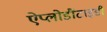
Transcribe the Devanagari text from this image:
ऐप्लोडौंटाइडी